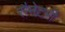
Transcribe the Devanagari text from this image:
सैनेटरी